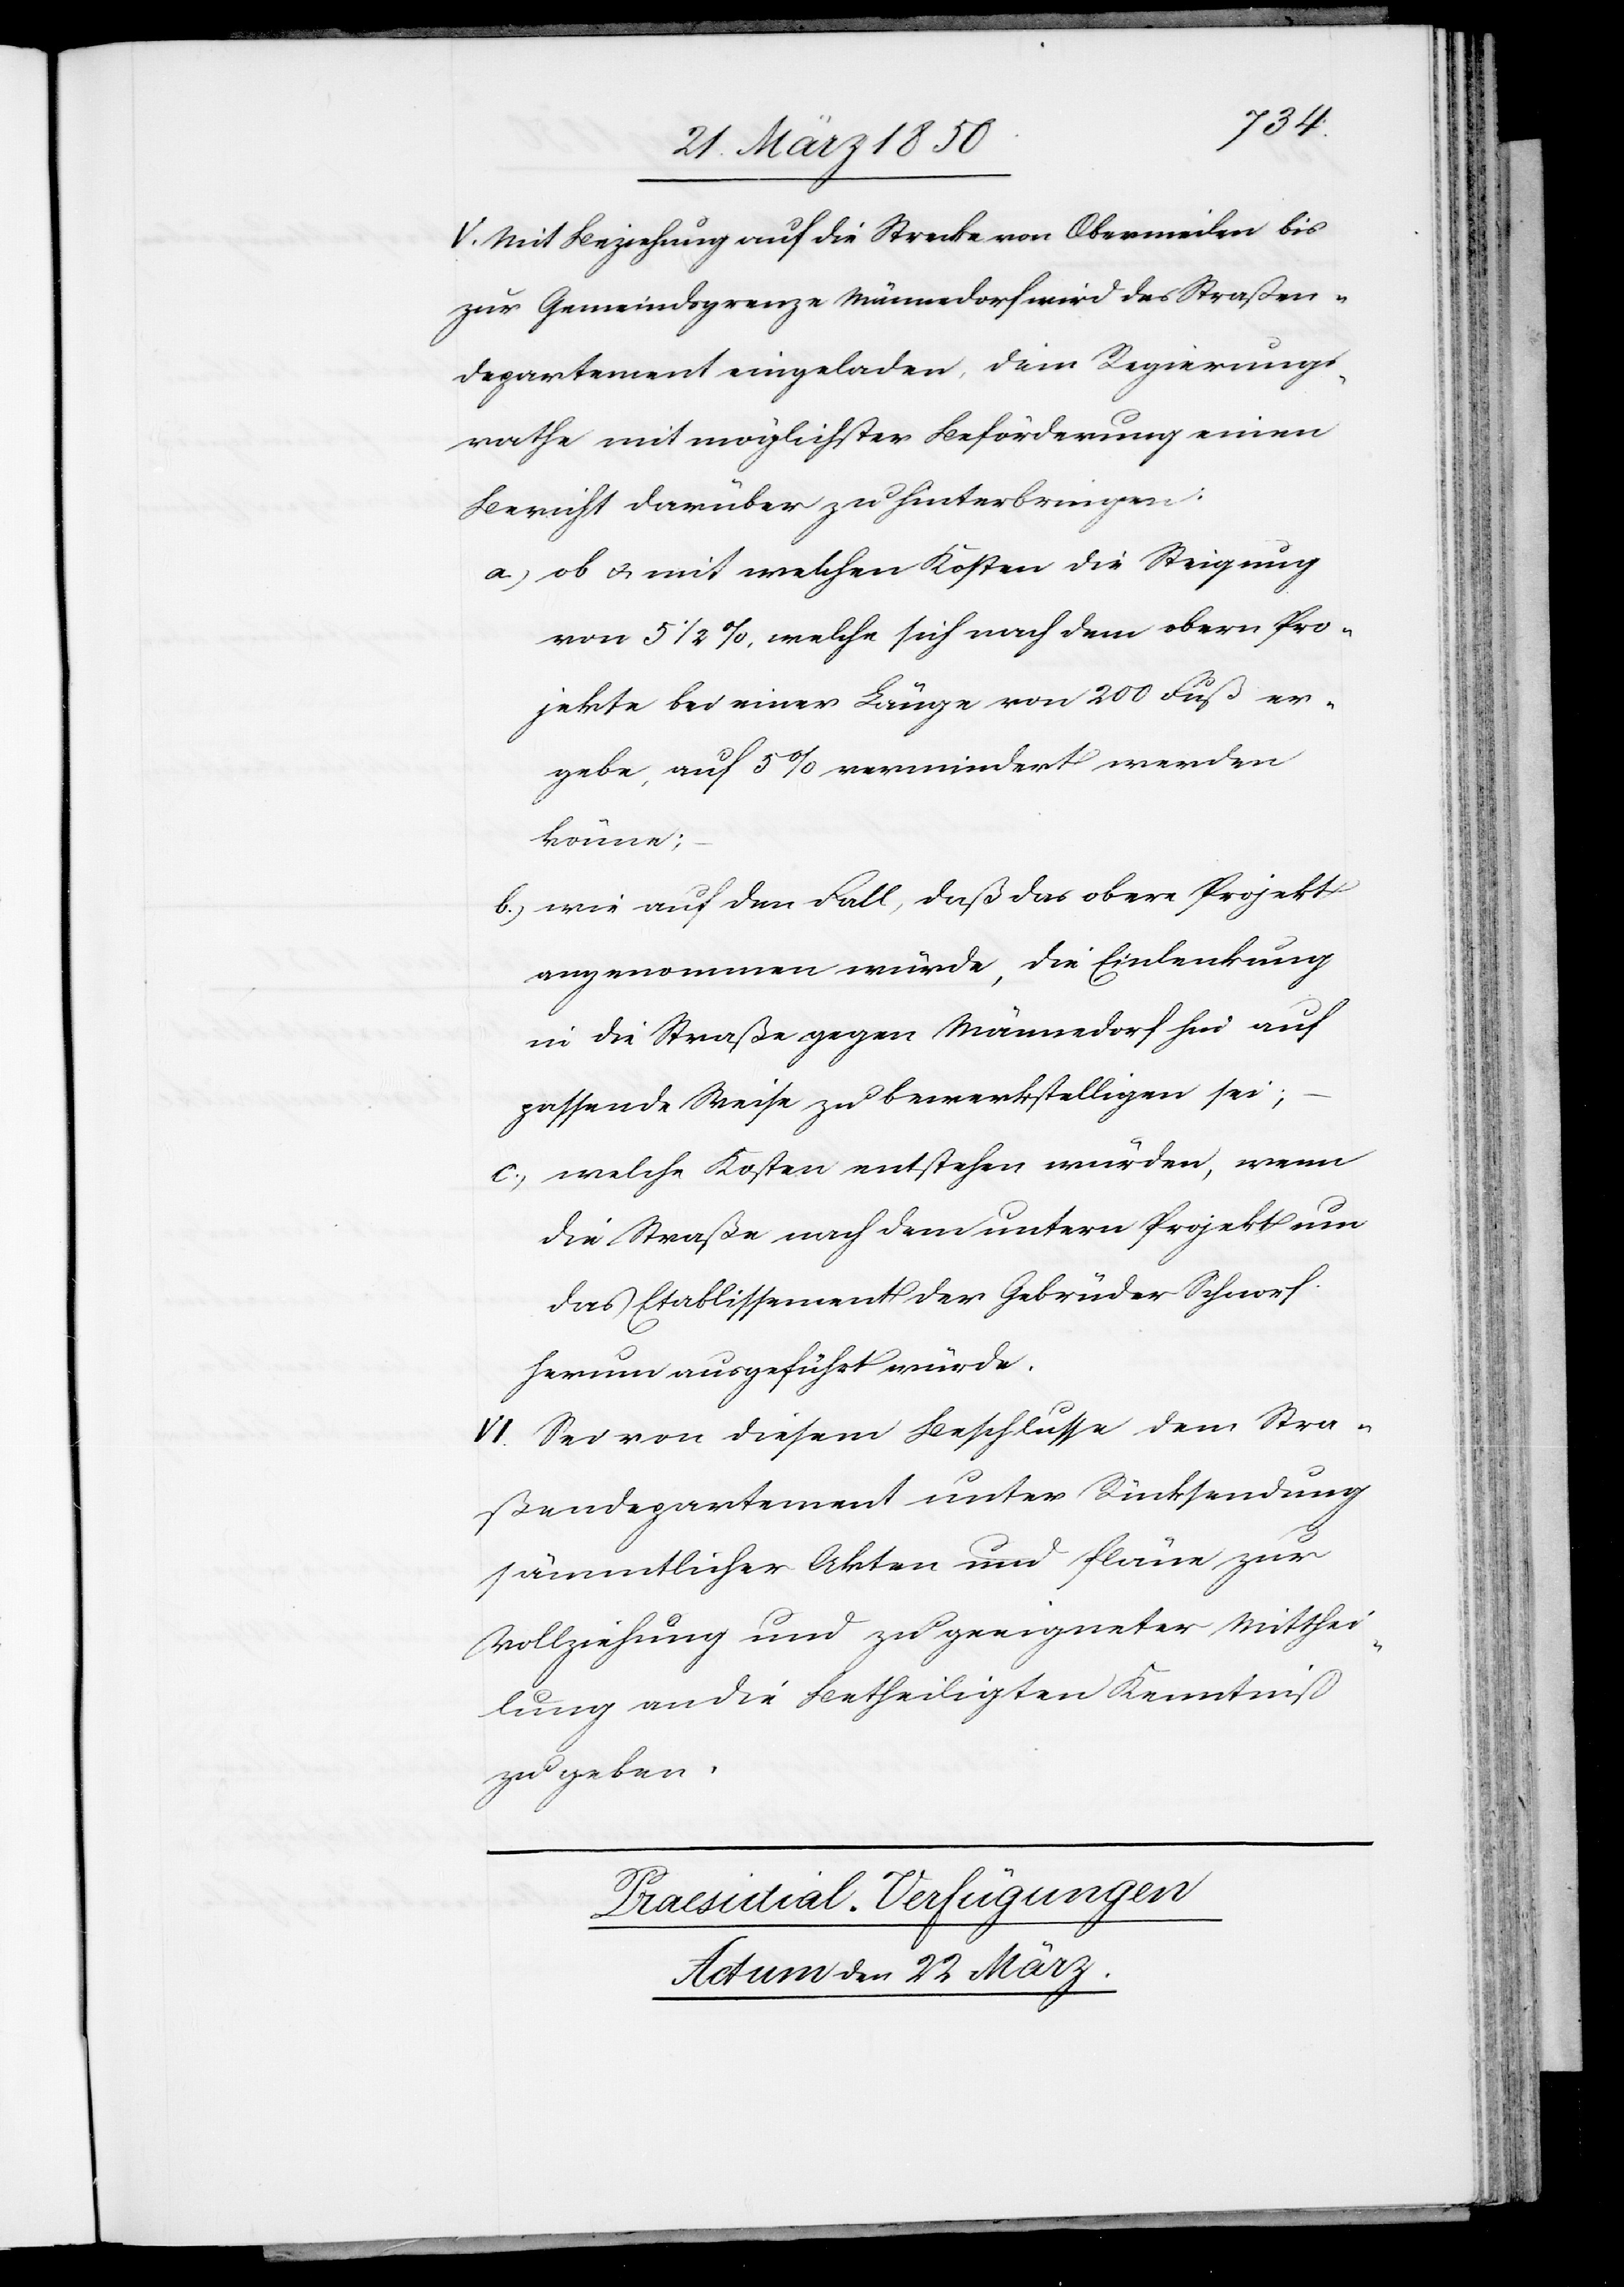
V. Mit Beziehung auf die Strecke von Obermeilen bis
zur Gemeindsgrenze Männedorf wird das Straßen¬
departement eingeladen, dem Regierungs¬
rathe mit möglichster Beförderung einen
Bericht darüber zu hinterbringen:
a.) ob u. mit welchen Kosten die Steigung
von 5 1/2 %, welche sich nach dem obern Pro¬
jekte bei einer Länge von 200 Fuß er¬
gebe, auf 5 % vermindert werden
könne;
b.) wie auf den Fall, daß das obere Projekt
angenommen würde, die Einlenkung
in die Straße gegen Männedorf hin auf
passende Weise zu bewerkstelligen sei;
c.) welche Kosten entstehen würden, wenn
die Straße nach dem untern Projekt um
das Etablissement der Gebrüder Schnorf
herum ausgeführt würde.
VI. Sei von diesem Beschlusse dem Stra¬
ßendepartement unter Rücksendung
sämmtlicher Akten und Pläne zur
Vollziehung und zu geeigneter Mitthei¬
lung an die Betheiligten Kenntniß
zu geben.
Praesidial-Verfügungen
Actum den 22 März.